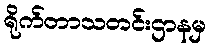
ရိုက်တာသတင်းဌာနမှ